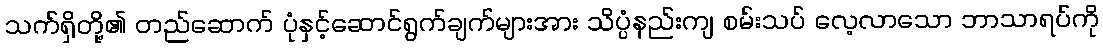
သက်ရှိတို့၏ တည်ဆောက် ပုံနှင့်ဆောင်ရွက်ချက်များအား သိပ္ပံနည်းကျ စမ်းသပ် လေ့လာသော ဘာသာရပ်ကို